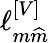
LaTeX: \ell_{m\widehat{m}}^{\left[V\right]}